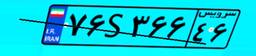
۷۶S۳۶۶۴۶